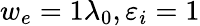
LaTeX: w_{e}=1\lambda_{0},\varepsilon_{i}=1